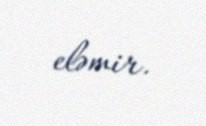
eləmir.